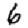
Digit: 6